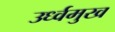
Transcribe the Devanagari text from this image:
उर्ध्वमुख